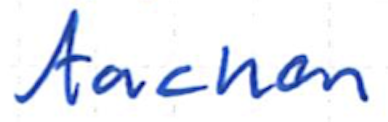
Text: Aachen
Cross-out: clean
Writing tool: ballpoint